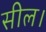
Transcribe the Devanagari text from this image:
सील।